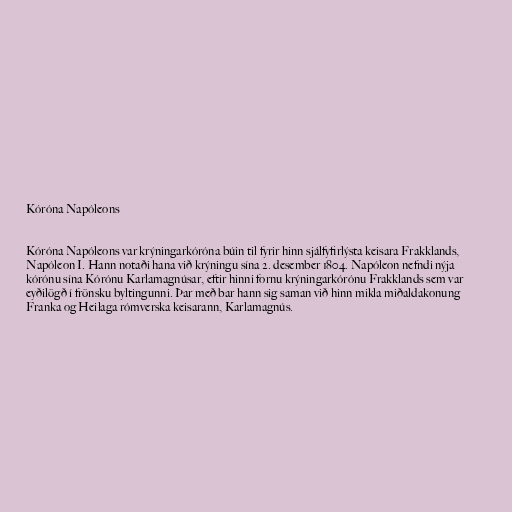
Kóróna Napóleons

Kóróna Napóleons var krýningarkóróna búin til fyrir hinn sjálfyfirlýsta keisara Frakklands,
Napóleon I. Hann notaði hana við krýningu sína 2. desember 1804. Napóleon nefndi nýja
kórónu sína Kórónu Karlamagnúsar, eftir hinni fornu krýningarkórónu Frakklands sem var
eyðilögð í frönsku byltingunni. Þar með bar hann sig saman við hinn mikla miðaldakonung
Franka og Heilaga rómverska keisarann, Karlamagnús.